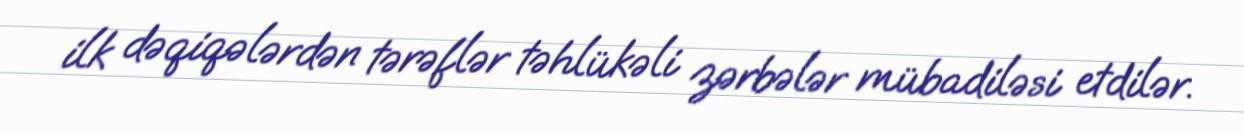
ilk dəqiqələrdən tərəflər təhlükəli zərbələr mübadiləsi etdilər.